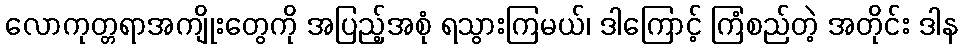
လောကုတ္တရာအကျိုးတွေကို အပြည့်အစုံ ရသွားကြမယ်၊ ဒါကြောင့် ကြံစည်တဲ့ အတိုင်း ဒါန